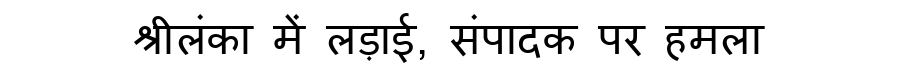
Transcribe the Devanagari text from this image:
श्रीलंका में लड़ाई, संपादक पर हमला